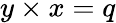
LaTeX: y\times x=q